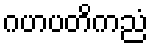
ဂဟပတိကညံ